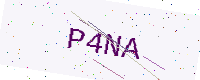
Text: P4NA